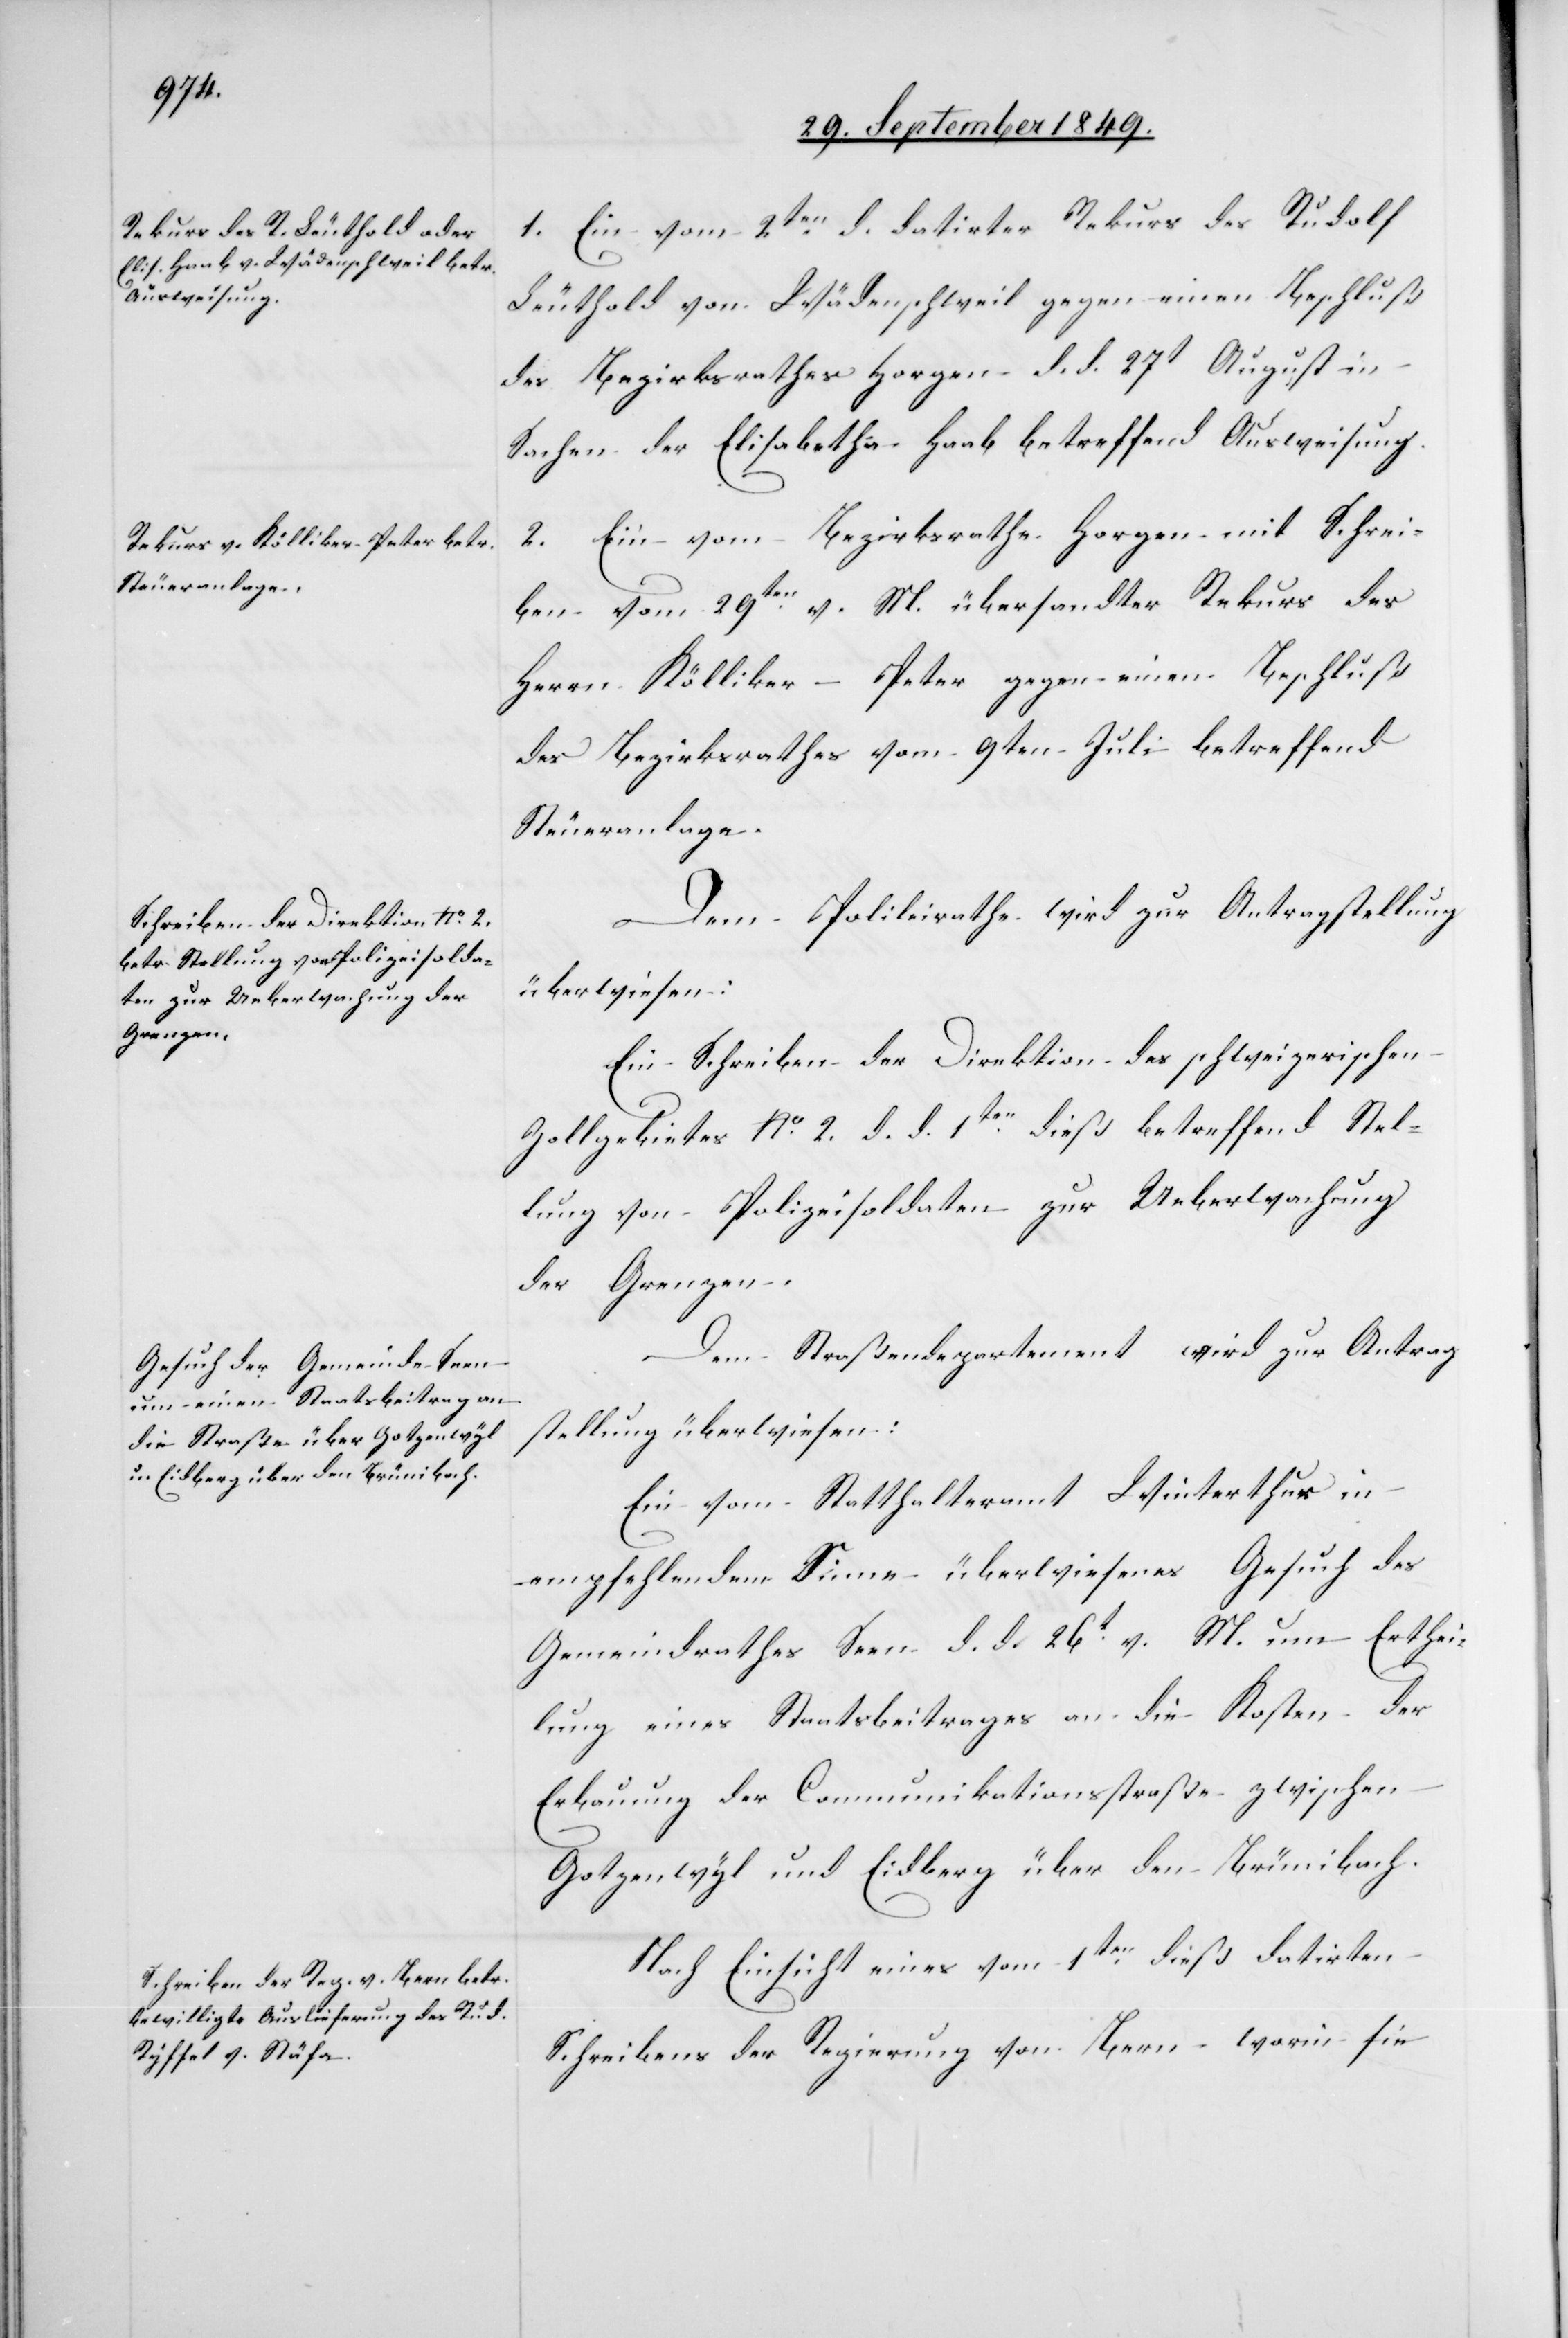
1. Ein vom 2ten d. datirter Rekurs des Rudolf
Leuthold von Wädenschweil gegen einen Beschluß
des Bezirksrathes Horgen d. d. 27t August in
Sachen der Elisabetha Haab betreffend Ausweisung.
Ein vom Bezirksrathe Horgen mit Schrei¬
2.
ben vom 29ten v. M. übersandter Rekurs des
Herrn Kölliker-Peter gegen einen Beschluß
des Bezirksrathes vom 9ten Juli betreffend
Steueranlage.
Dem Polizeirathe wird zur Antragstellung
überwiesen:
Ein Schreiben der Direktion des schweizerischen
Zollgebietes No. 2. d. d. 1ten dieß betreffend Stel¬
lung von Polizeisoldaten zur Ueberwachung
der Grenzen.
Dem Straßendepartement wird zur Antrag¬
stellung überwiesen:
Ein vom Statthalteramt Winterthur in
empfehlendem Sinne überwiesenes Gesuch des
Gemeindrathes Seen d. d. 26t v. M. um Erthei¬
lung eines Staatsbeitrages an die Kosten der
Erbauung der Communikationsstraße zwischen
Gotzenwyl und Eidberg über den Brünibach.
Nach Einsicht eines vom 1ten dieß datirten
Schreibens der Regierung von Bern worin sie